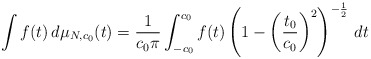
\begin{align*} \int f(t) \, d\mu_{N,c_0}(t) = \frac{1}{c_0 \pi}\int_{-c_0}^{c_0} f(t) \left(1 - \left(\frac{t_0}{c_0}\right)^2\right)^{-\frac{1}{2}} \, dt\end{align*}